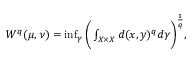
\begin{array} { r } { W ^ { q } ( \mu , \nu ) = \operatorname* { i n f } _ { \gamma } \bigg ( \int _ { X \times X } d ( x , y ) ^ { q } d \gamma \bigg ) ^ { \frac { 1 } { q } } , } \end{array}